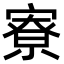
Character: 寮